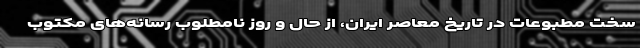
سخت مطبوعات در تاریخ معاصر ایران، از حال و روز نامطلوب رسانه‌های مکتوب